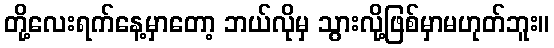
တို့လေးရက်နေ့မှာတော့ ဘယ်လိုမှ သွားလို့ဖြစ်မှာမဟုတ်ဘူး။